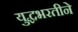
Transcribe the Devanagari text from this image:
युद्धभरतीने